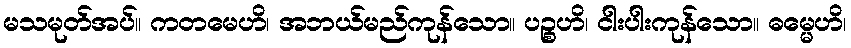
မသမုတ်အပ်။ ကတမေဟိ၊ အဘယ်မည်ကုန်သော။ ပဉ္စဟိ၊ ငါးပါးကုန်သော။ ဓမ္မေဟိ၊